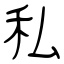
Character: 私